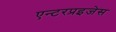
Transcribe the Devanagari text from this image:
एन्टरप्रइजेस